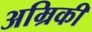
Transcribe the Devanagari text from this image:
अम्रिकी